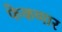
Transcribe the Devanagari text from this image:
फेकणार